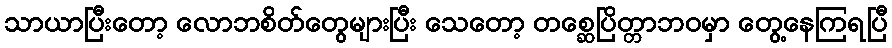
သာယာပြီးတော့ လောဘစိတ်တွေများပြီး သေတော့ တစ္ဆေပြိတ္တာဘဝမှာ တွေ့နေကြရပြီ